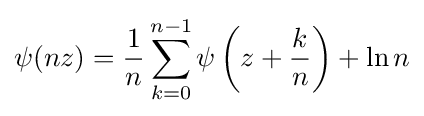
\psi (nz)={\frac {1}{n}}\sum _{k=0}^{n-1}\psi \left(z+{\frac {k}{n}}\right)+\ln n